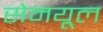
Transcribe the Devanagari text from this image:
सेमयूल